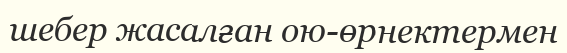
шебер жасалған ою-өрнектермен